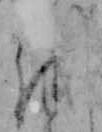
を